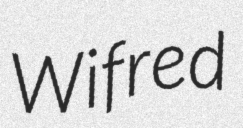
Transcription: Wifred